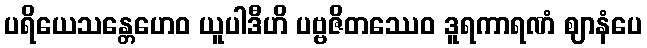
ပရိယေသန္တေဟေဝ ယူပါဒီဟိ ပဗ္ဗဇိတဿေဝ ဒူရကာရဏံ ဈာနံပေ